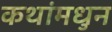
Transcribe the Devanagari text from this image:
कथांमधुन